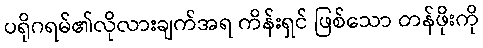
ပရိုဂရမ်၏လိုလားချက်အရ ကိန်းရှင် ဖြစ်သော တန်ဖိုးကို